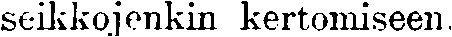
seikkojenkin kertomiseen.